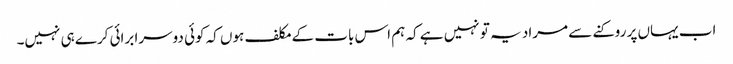
اب یہاں پر روکنے سے مراد یہ تو نہیں ہے کہ ہم اس بات کے مکلف ہوں کہ کوئی دوسرا برائی کرے ہی نہیں۔